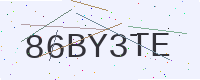
Text: 86BY3TE